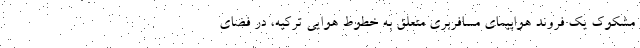
مشکوک یک فروند هواپیمای مسافربری متعلق به خطوط هوایی ترکیه، در فضای